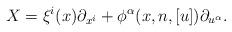
LaTeX: \begin{align*}X=\xi^i(x)\partial_{x^i}+\phi^{\alpha}(x,n,[u])\partial_{u^{\alpha}}.\end{align*}